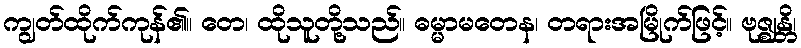
ကျွတ်ထိုက်ကုန်၏။ တေ၊ ထိုသူတို့သည်။ ဓမ္မာမတေန၊ တရားအမြိုက်ဖြင့်။ ဗုဇ္ဈန္တိ၊